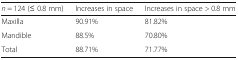
<table><thead><tr><td><b><i>n</i> = 124 (≤ 0.8 mm)</b></td><td><b>Increases in space</b></td><td><b>Increases in space &gt; 0.8 mm</b></td></tr></thead><tbody><tr><td>Maxilla</td><td>90.91%</td><td>81.82%</td></tr><tr><td>Mandible</td><td>88.5%</td><td>70.80%</td></tr><tr><td>Total</td><td>88.71%</td><td>71.77%</td></tr></tbody></table>